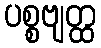
ပစ္စဗျတ္ထ